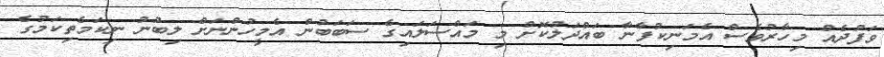
ވަފުދެއް މިހާރުވެސް އެމަނިކުފާނާ ބައްދަލުކޮށް މި މައްސަލައިގެ ސަބަބުން އެމީހުންނަށް ލިބުނު ނިކަމެތިކަމުގެ